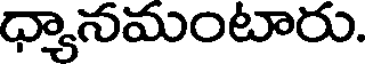
ధ్యానమంటారు.